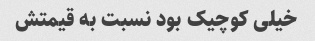
خیلی کوچیک بود نسبت به قیمتش